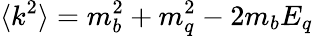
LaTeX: \langle k^{2}\rangle=m_{b}^{2}+m_{q}^{2}-2m_{b}E_{q}